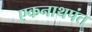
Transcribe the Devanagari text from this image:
एकनाथपंत